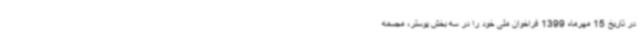
در تاریخ 15 مهرماه 1399 فراخوان ملی خود را در سه بخش پوستر، مجسمه